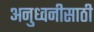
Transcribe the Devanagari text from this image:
अनुध्वनीसाठी